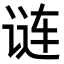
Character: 𬣽